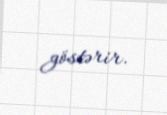
göstərir.